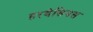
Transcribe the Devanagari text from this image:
हरबेसियस